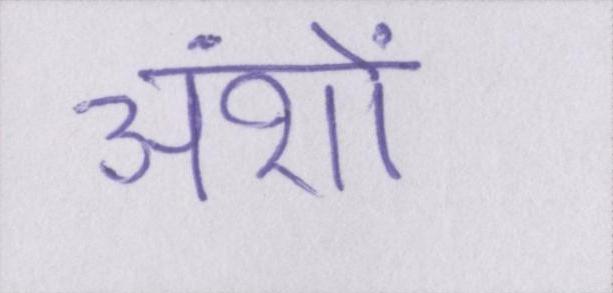
अंशों